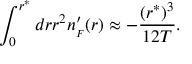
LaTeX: \int _ { 0 } ^ { r ^ { * } } d r r ^ { 2 } n _ { _ { F } } ^ { \prime } ( r ) \approx - { \frac { ( r ^ { * } ) ^ { 3 } } { 1 2 T } } .